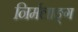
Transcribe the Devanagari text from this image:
निर्मलाङ्ग